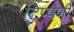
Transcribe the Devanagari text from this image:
टिप्पणीं